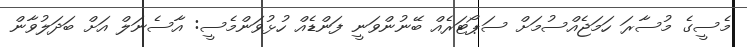
މެސީގެ މުސާރަ ހަމަޖެއްސުމަށް ސަޕޯޓަރެއް ބޭނުންވަނީ ފަންޑެއް ހުޅުވަންމެސީ: އާސެނަލް އަށް ބަދަލުވާން